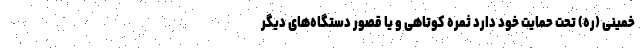
خمینی (ره) تحت حمایت خود دارد ثمره کوتاهی و یا قصور دستگاه‌های دیگر